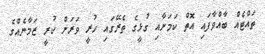
ތައްޓެއް ބާއްވާފައި އޮތް ކަމަށާއި ގުޅީގެ ތެރޭގައި ހުރީ ވަރަށް ކުރީ ޒަމާނެއްގެ